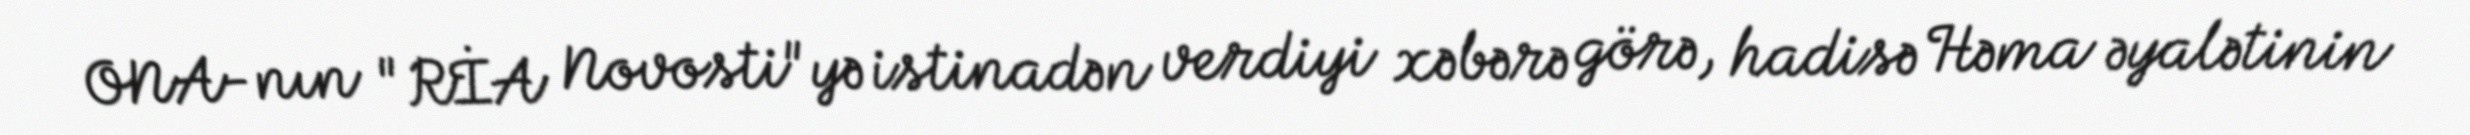
ONA-nın "RİA Novosti"yə istinadən verdiyi xəbərə görə, hadisə Həma əyalətinin